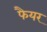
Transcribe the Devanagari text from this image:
फैयर